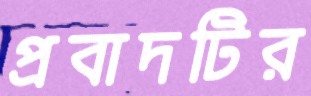
প্রবাদটির